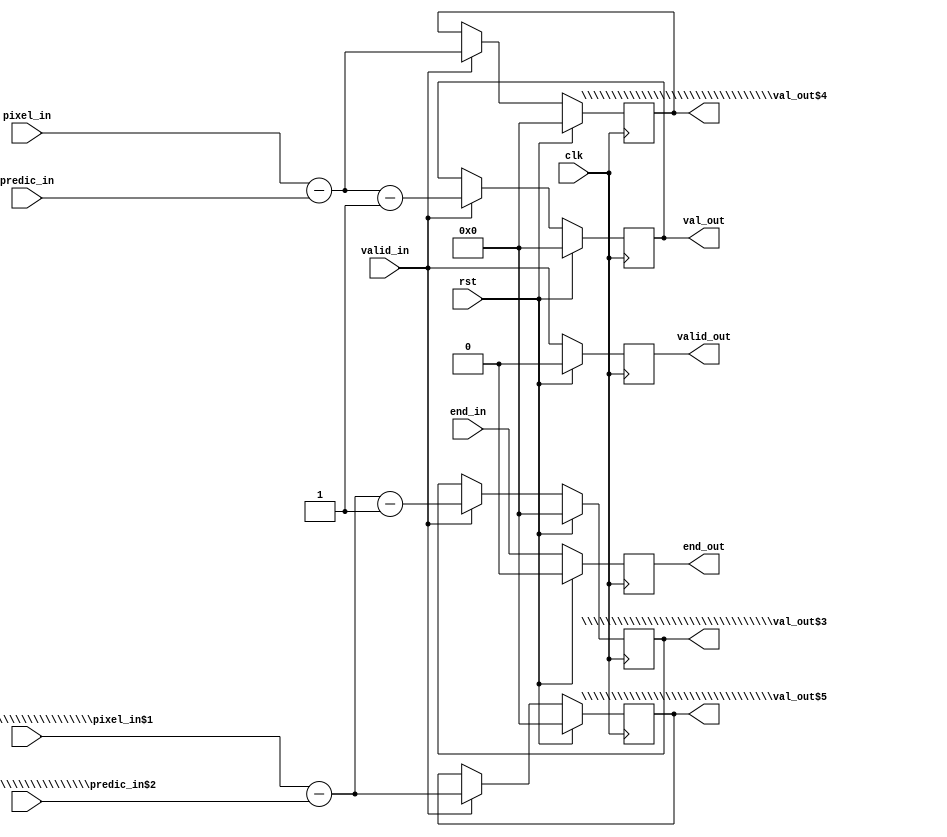
module top(pixel_in, predic_in, \\\\\\\\\\\\\\\\\\\\\\\\\\\\\\\\pixel_in$1 , \\\\\\\\\\\\\\\\\\\\\\\\\\\\\\\\predic_in$2 , end_in, rst, clk, val_out, \\\\\\\\\\\\\\\\\\\\\\\\\\\\\\\\val_out$3 , \\\\\\\\\\\\\\\\\\\\\\\\\\\\\\\\val_out$4 , \\\\\\\\\\\\\\\\\\\\\\\\\\\\\\\\val_out$5 , valid_out, end_out, valid_in);
  wire [17:0] \\\\\\\\\\\\\\\\\\\\\\\\\\\\\\\\$10 ;
  wire [16:0] \\\\\\\\\\\\\\\\\\\\\\\\\\\\\\\\$11 ;
  wire [17:0] \\\\\\\\\\\\\\\\\\\\\\\\\\\\\\\\$13 ;
  wire [17:0] \\\\\\\\\\\\\\\\\\\\\\\\\\\\\\\\$15 ;
  wire [16:0] \\\\\\\\\\\\\\\\\\\\\\\\\\\\\\\\$16 ;
  wire [17:0] \\\\\\\\\\\\\\\\\\\\\\\\\\\\\\\\$18 ;
  wire [16:0] \\\\\\\\\\\\\\\\\\\\\\\\\\\\\\\\$6 ;
  wire [16:0] \\\\\\\\\\\\\\\\\\\\\\\\\\\\\\\\$8 ;
  (* src = "difference.py:72" *)
  reg \\\\\\\\\\\\\\\\\\\\\\\\\\\\\\\\$next\\\\\\\\\\\\\\\\\\\\\\\\\\\\\\\\end_out ;
  (* src = "difference.py:64" *)
  reg [16:0] \\\\\\\\\\\\\\\\\\\\\\\\\\\\\\\\$next\\\\\\\\\\\\\\\\\\\\\\\\\\\\\\\\val_out ;
  (* src = "difference.py:64" *)
  reg [16:0] \\\\\\\\\\\\\\\\\\\\\\\\\\\\\\\\$next\\\\\\\\\\\\\\\\\\\\\\\\\\\\\\\\val_out$3 ;
  (* src = "difference.py:61" *)
  reg [16:0] \\\\\\\\\\\\\\\\\\\\\\\\\\\\\\\\$next\\\\\\\\\\\\\\\\\\\\\\\\\\\\\\\\val_out$4 ;
  (* src = "difference.py:61" *)
  reg [16:0] \\\\\\\\\\\\\\\\\\\\\\\\\\\\\\\\$next\\\\\\\\\\\\\\\\\\\\\\\\\\\\\\\\val_out$5 ;
  (* src = "difference.py:68" *)
  reg \\\\\\\\\\\\\\\\\\\\\\\\\\\\\\\\$next\\\\\\\\\\\\\\\\\\\\\\\\\\\\\\\\valid_out ;
  (* src = "nmigen/hdl/ir.py:329" *)
  input clk;
  (* src = "difference.py:71" *)
  input end_in;
  (* init = 1'h0 *)
  (* src = "difference.py:72" *)
  output end_out;
  reg end_out = 1'h0;
  (* src = "difference.py:55" *)
  input [15:0] pixel_in;
  (* src = "difference.py:55" *)
  input [15:0] \\\\\\\\\\\\\\\\\\\\\\\\\\\\\\\\pixel_in$1 ;
  (* src = "difference.py:58" *)
  input [15:0] predic_in;
  (* src = "difference.py:58" *)
  input [15:0] \\\\\\\\\\\\\\\\\\\\\\\\\\\\\\\\predic_in$2 ;
  (* src = "nmigen/hdl/ir.py:329" *)
  input rst;
  (* init = 17'h00000 *)
  (* src = "difference.py:64" *)
  output [16:0] val_out;
  reg [16:0] val_out = 17'h00000;
  (* init = 17'h00000 *)
  (* src = "difference.py:64" *)
  output [16:0] \\\\\\\\\\\\\\\\\\\\\\\\\\\\\\\\val_out$3 ;
  reg [16:0] \\\\\\\\\\\\\\\\\\\\\\\\\\\\\\\\val_out$3  = 17'h00000;
  (* init = 17'h00000 *)
  (* src = "difference.py:61" *)
  output [16:0] \\\\\\\\\\\\\\\\\\\\\\\\\\\\\\\\val_out$4 ;
  reg [16:0] \\\\\\\\\\\\\\\\\\\\\\\\\\\\\\\\val_out$4  = 17'h00000;
  (* init = 17'h00000 *)
  (* src = "difference.py:61" *)
  output [16:0] \\\\\\\\\\\\\\\\\\\\\\\\\\\\\\\\val_out$5 ;
  reg [16:0] \\\\\\\\\\\\\\\\\\\\\\\\\\\\\\\\val_out$5  = 17'h00000;
  (* src = "difference.py:67" *)
  input valid_in;
  (* init = 1'h0 *)
  (* src = "difference.py:68" *)
  output valid_out;
  reg valid_out = 1'h0;
  assign \\\\\\\\\\\\\\\\\\\\\\\\\\\\\\\\$11  = pixel_in - (* src = "difference.py:90" *) predic_in;
  assign \\\\\\\\\\\\\\\\\\\\\\\\\\\\\\\\$13  = \\\\\\\\\\\\\\\\\\\\\\\\\\\\\\\\$11  - (* src = "difference.py:90" *) 1'h1;
  assign \\\\\\\\\\\\\\\\\\\\\\\\\\\\\\\\$16  = \\\\\\\\\\\\\\\\\\\\\\\\\\\\\\\\pixel_in$1  - (* src = "difference.py:90" *) \\\\\\\\\\\\\\\\\\\\\\\\\\\\\\\\predic_in$2 ;
  assign \\\\\\\\\\\\\\\\\\\\\\\\\\\\\\\\$18  = \\\\\\\\\\\\\\\\\\\\\\\\\\\\\\\\$16  - (* src = "difference.py:90" *) 1'h1;
  assign \\\\\\\\\\\\\\\\\\\\\\\\\\\\\\\\$6  = pixel_in - (* src = "difference.py:89" *) predic_in;
  assign \\\\\\\\\\\\\\\\\\\\\\\\\\\\\\\\$8  = \\\\\\\\\\\\\\\\\\\\\\\\\\\\\\\\pixel_in$1  - (* src = "difference.py:89" *) \\\\\\\\\\\\\\\\\\\\\\\\\\\\\\\\predic_in$2 ;
  always @(posedge clk)
      end_out <= \\\\\\\\\\\\\\\\\\\\\\\\\\\\\\\\$next\\\\\\\\\\\\\\\\\\\\\\\\\\\\\\\\end_out ;
  always @(posedge clk)
      valid_out <= \\\\\\\\\\\\\\\\\\\\\\\\\\\\\\\\$next\\\\\\\\\\\\\\\\\\\\\\\\\\\\\\\\valid_out ;
  always @(posedge clk)
      \\\\\\\\\\\\\\\\\\\\\\\\\\\\\\\\val_out$3  <= \\\\\\\\\\\\\\\\\\\\\\\\\\\\\\\\$next\\\\\\\\\\\\\\\\\\\\\\\\\\\\\\\\val_out$3 ;
  always @(posedge clk)
      val_out <= \\\\\\\\\\\\\\\\\\\\\\\\\\\\\\\\$next\\\\\\\\\\\\\\\\\\\\\\\\\\\\\\\\val_out ;
  always @(posedge clk)
      \\\\\\\\\\\\\\\\\\\\\\\\\\\\\\\\val_out$5  <= \\\\\\\\\\\\\\\\\\\\\\\\\\\\\\\\$next\\\\\\\\\\\\\\\\\\\\\\\\\\\\\\\\val_out$5 ;
  always @(posedge clk)
      \\\\\\\\\\\\\\\\\\\\\\\\\\\\\\\\val_out$4  <= \\\\\\\\\\\\\\\\\\\\\\\\\\\\\\\\$next\\\\\\\\\\\\\\\\\\\\\\\\\\\\\\\\val_out$4 ;
  always @* begin
    \\\\\\\\\\\\\\\\\\\\\\\\\\\\\\\\$next\\\\\\\\\\\\\\\\\\\\\\\\\\\\\\\\val_out$4  = \\\\\\\\\\\\\\\\\\\\\\\\\\\\\\\\val_out$4 ;
    casez (valid_in)
      1'h1:
          \\\\\\\\\\\\\\\\\\\\\\\\\\\\\\\\$next\\\\\\\\\\\\\\\\\\\\\\\\\\\\\\\\val_out$4  = \\\\\\\\\\\\\\\\\\\\\\\\\\\\\\\\$6 ;
    endcase
    casez (rst)
      1'h1:
          \\\\\\\\\\\\\\\\\\\\\\\\\\\\\\\\$next\\\\\\\\\\\\\\\\\\\\\\\\\\\\\\\\val_out$4  = 17'h00000;
    endcase
  end
  always @* begin
    \\\\\\\\\\\\\\\\\\\\\\\\\\\\\\\\$next\\\\\\\\\\\\\\\\\\\\\\\\\\\\\\\\val_out$5  = \\\\\\\\\\\\\\\\\\\\\\\\\\\\\\\\val_out$5 ;
    casez (valid_in)
      1'h1:
          \\\\\\\\\\\\\\\\\\\\\\\\\\\\\\\\$next\\\\\\\\\\\\\\\\\\\\\\\\\\\\\\\\val_out$5  = \\\\\\\\\\\\\\\\\\\\\\\\\\\\\\\\$8 ;
    endcase
    casez (rst)
      1'h1:
          \\\\\\\\\\\\\\\\\\\\\\\\\\\\\\\\$next\\\\\\\\\\\\\\\\\\\\\\\\\\\\\\\\val_out$5  = 17'h00000;
    endcase
  end
  always @* begin
    \\\\\\\\\\\\\\\\\\\\\\\\\\\\\\\\$next\\\\\\\\\\\\\\\\\\\\\\\\\\\\\\\\val_out  = val_out;
    casez (valid_in)
      1'h1:
          \\\\\\\\\\\\\\\\\\\\\\\\\\\\\\\\$next\\\\\\\\\\\\\\\\\\\\\\\\\\\\\\\\val_out  = \\\\\\\\\\\\\\\\\\\\\\\\\\\\\\\\$10 [16:0];
    endcase
    casez (rst)
      1'h1:
          \\\\\\\\\\\\\\\\\\\\\\\\\\\\\\\\$next\\\\\\\\\\\\\\\\\\\\\\\\\\\\\\\\val_out  = 17'h00000;
    endcase
  end
  always @* begin
    \\\\\\\\\\\\\\\\\\\\\\\\\\\\\\\\$next\\\\\\\\\\\\\\\\\\\\\\\\\\\\\\\\val_out$3  = \\\\\\\\\\\\\\\\\\\\\\\\\\\\\\\\val_out$3 ;
    casez (valid_in)
      1'h1:
          \\\\\\\\\\\\\\\\\\\\\\\\\\\\\\\\$next\\\\\\\\\\\\\\\\\\\\\\\\\\\\\\\\val_out$3  = \\\\\\\\\\\\\\\\\\\\\\\\\\\\\\\\$15 [16:0];
    endcase
    casez (rst)
      1'h1:
          \\\\\\\\\\\\\\\\\\\\\\\\\\\\\\\\$next\\\\\\\\\\\\\\\\\\\\\\\\\\\\\\\\val_out$3  = 17'h00000;
    endcase
  end
  always @* begin
    \\\\\\\\\\\\\\\\\\\\\\\\\\\\\\\\$next\\\\\\\\\\\\\\\\\\\\\\\\\\\\\\\\valid_out  = valid_out;
    \\\\\\\\\\\\\\\\\\\\\\\\\\\\\\\\$next\\\\\\\\\\\\\\\\\\\\\\\\\\\\\\\\valid_out  = valid_in;
    casez (rst)
      1'h1:
          \\\\\\\\\\\\\\\\\\\\\\\\\\\\\\\\$next\\\\\\\\\\\\\\\\\\\\\\\\\\\\\\\\valid_out  = 1'h0;
    endcase
  end
  always @* begin
    \\\\\\\\\\\\\\\\\\\\\\\\\\\\\\\\$next\\\\\\\\\\\\\\\\\\\\\\\\\\\\\\\\end_out  = end_out;
    \\\\\\\\\\\\\\\\\\\\\\\\\\\\\\\\$next\\\\\\\\\\\\\\\\\\\\\\\\\\\\\\\\end_out  = end_in;
    casez (rst)
      1'h1:
          \\\\\\\\\\\\\\\\\\\\\\\\\\\\\\\\$next\\\\\\\\\\\\\\\\\\\\\\\\\\\\\\\\end_out  = 1'h0;
    endcase
  end
  assign \\\\\\\\\\\\\\\\\\\\\\\\\\\\\\\\$10  = \\\\\\\\\\\\\\\\\\\\\\\\\\\\\\\\$13 ;
  assign \\\\\\\\\\\\\\\\\\\\\\\\\\\\\\\\$15  = \\\\\\\\\\\\\\\\\\\\\\\\\\\\\\\\$18 ;
endmodule